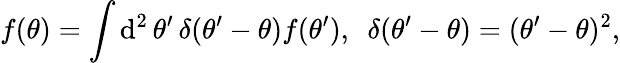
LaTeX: f(\theta)=\int\mathrm{d}^{2}\, \theta^{\prime}\, \delta(\theta^{\prime}-\theta)f(\theta^{\prime}),\, \, \, \delta(\theta^{\prime}-\theta)=(\theta^{\prime}-\theta)^{2},